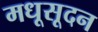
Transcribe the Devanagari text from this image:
मधूसूदन